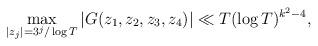
LaTeX: \begin{align*}\max_{|z_j| = 3^j/\log T} |G(z_1,z_2,z_3,z_4)| \ll T (\log T)^{k^2 - 4},\end{align*}